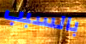
بالسبب